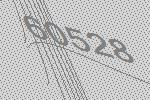
60528